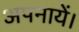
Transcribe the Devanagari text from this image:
अपनायें।